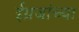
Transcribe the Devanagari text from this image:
ईग्रजांच्या